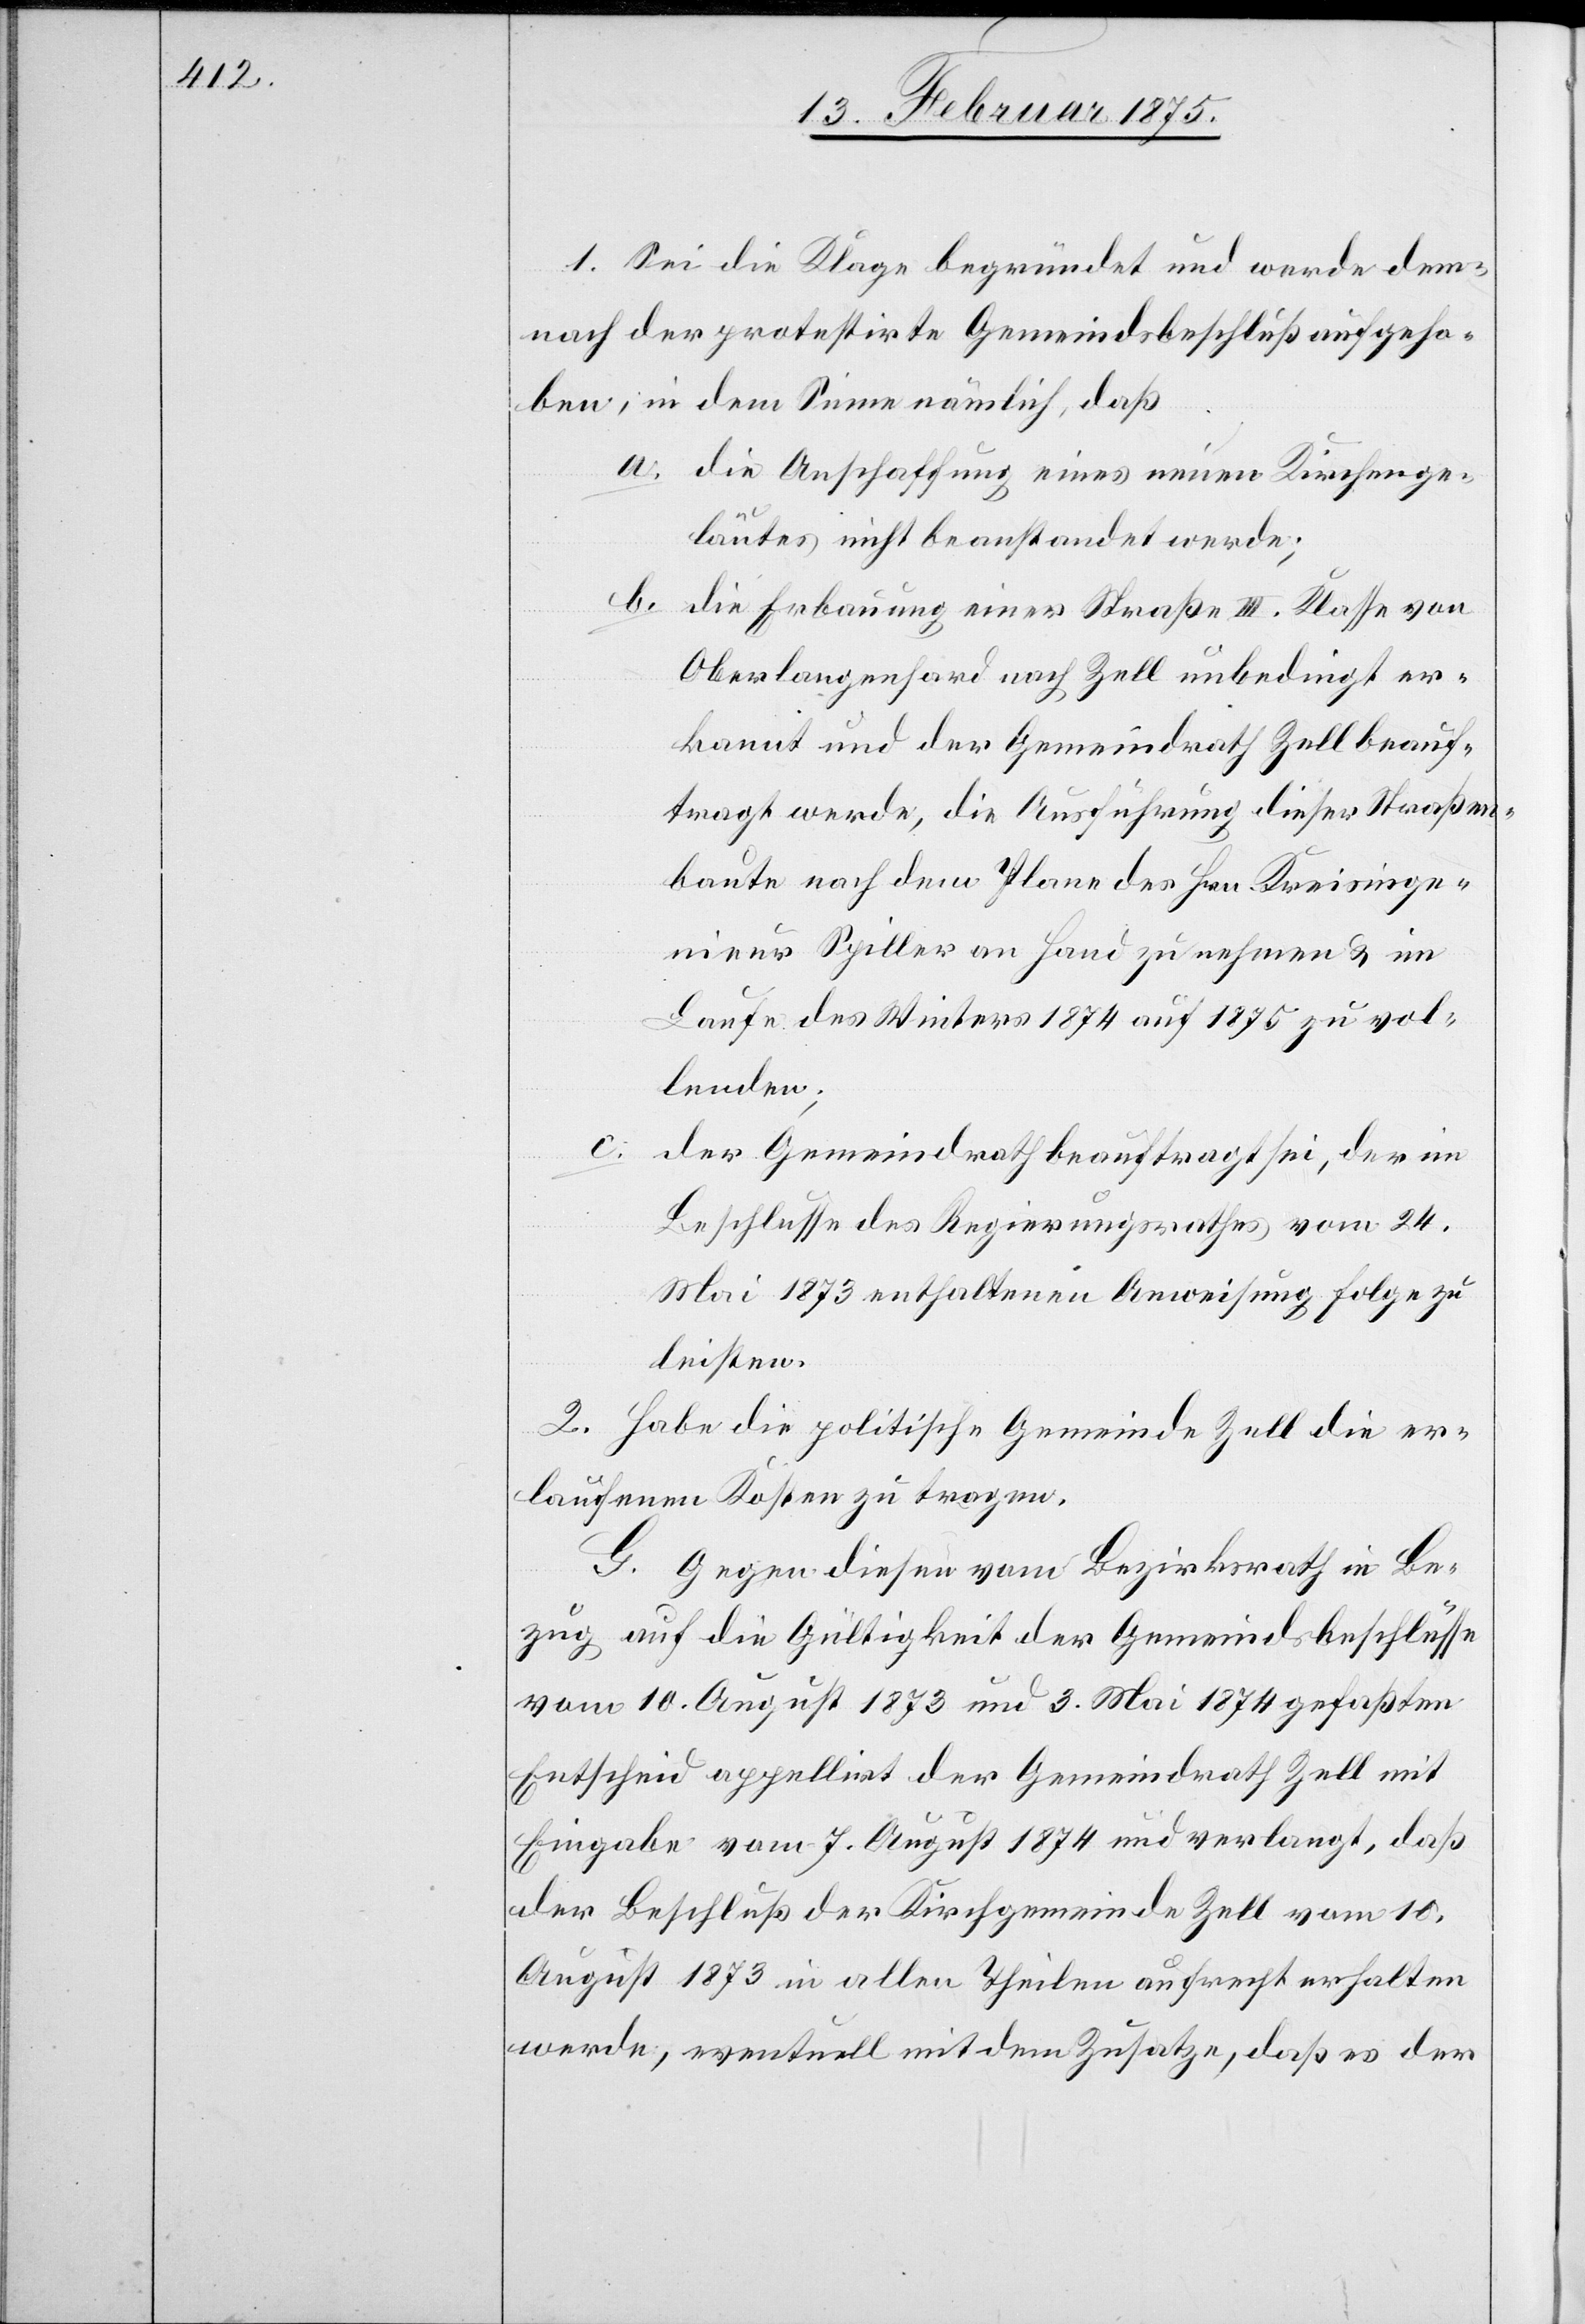
1. Sei die Klage begründet und werde dem¬
nach der protestirte Gemeindsbeschluß aufgeho¬
ben, in dem Sinne nämlich, daß
a. die Anschaffung eines neuen Kirchenge¬
läutes nicht beanstandet werde;
b. die Erbauung einer Straße III. Klasse von
Oberlangenhard nach Zell unbedingt er¬
kannt und der Gemeindrath Zell beauf¬
tragt werde, die Ausführung dieser Straßen¬
baute nach dem Plane des Hrn. Kreisinge¬
nieur Spiller an Hand zu nehmen & im
Laufe des Winters 1874 auf 1875 zu vol¬
lenden;
c.
der Gemeindrath beauftragt sei, der im
Beschlusse des Regierungsrathes vom 24.
Mai 1873 enthaltenen Anweisung Folge zu
leisten.
2. Habe die politische Gemeinde Zell die er¬
laufenen Kosten zu tragen.
G. Gegen diese vom Bezirksrath in Be¬
zug auf die Gültigkeit der Gemeindsbeschlüsse
vom 10. August 1873 und 3. Mai 1874 gefaßten
Entscheid appellirt der Gemeindrath Zell mit
Eingabe vom 7. August 1874 und verlangt, daß
der Beschluß der Kirchgemeinde Zell vom 10.
August 1873 in allen Theilen aufrecht erhalten
werde, eventuell mit dem Zusatze, daß es der